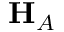
\mathbf { H } _ { A }